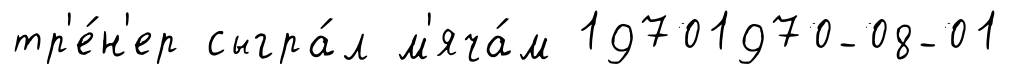
тр'е́н'ер сыгра́л м'яча́м 19701970-08-01